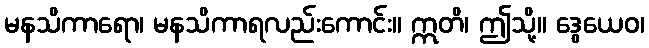
မနသိကာရော၊ မနသိကာရလည်းကောင်း။ ဣတိ၊ ဤသို့။ ဒွေယေဝ၊